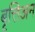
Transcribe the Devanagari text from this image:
बृत्तिअन